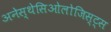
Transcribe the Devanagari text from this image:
अनेस्थेसिओलोजिस्ट्स